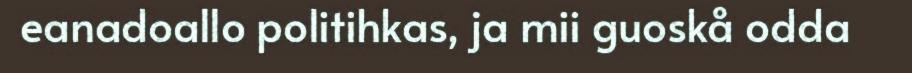
eanadoallo politihkas, ja mii guoskå odda